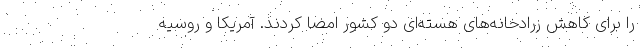
را برای کاهش زرادخانه‌های هسته‌ای دو کشور امضا کردند. آمریکا و روسیه